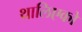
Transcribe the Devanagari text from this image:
थालिएको